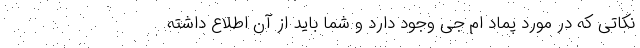
نکاتی که در مورد پماد ام جی وجود دارد و شما باید از آن اطلاع داشته